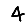
Digit: 4